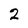
Character: 2